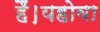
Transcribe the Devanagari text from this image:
हैं।यहोवा